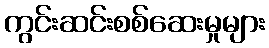
ကွင်းဆင်းစစ်ဆေးမှုများ